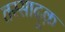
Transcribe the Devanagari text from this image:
तस्सादूक़